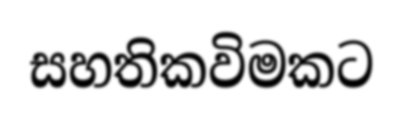
සහතිකවිමකට